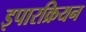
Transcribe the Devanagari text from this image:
इपारक्रियन